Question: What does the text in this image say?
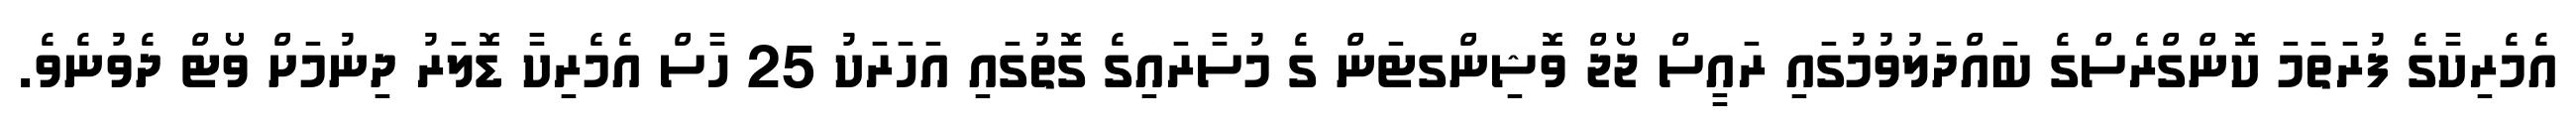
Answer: އެމެރިކާގެ ފުރަތަމަ ކޮންގްރެސްގެ ބައްދަލުވުމުގައި ރައީސް ޖޯޖް ވޮޝިންގޓަން ގެ މުސާރައިގެ ގޮތުގައި އަހަރަކު 25 ހާސް އެމެރިކާ ޑޮލަރު ދިނުމަށް ވޯޓް ދެވުނެވެ.